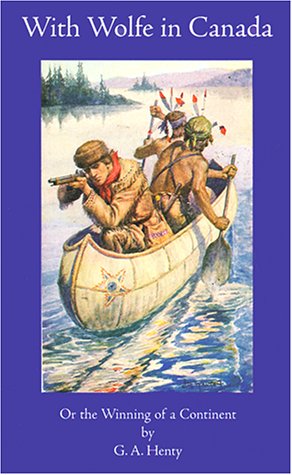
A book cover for With Wolfe in Canada: Or the Winning of a Continent (Works of G. A. Henty); George A. Henty; Teen & Young Adult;